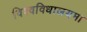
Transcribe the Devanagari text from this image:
विश्वविधालयमा